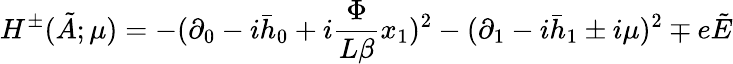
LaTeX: H^{\pm}(\tilde{A};\mu)=-(\partial_{0}-i\bar{h}_{0}+i\frac{\Phi}{L\beta}x_{1})^{2}-(\partial_{1}-i\bar{h}_{1}\pm i\mu)^{2}\mp e\tilde{E}